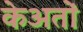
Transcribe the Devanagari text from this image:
केअतों